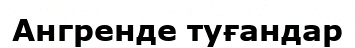
Ангренде туғандар